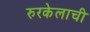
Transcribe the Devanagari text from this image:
रुरकेलाची